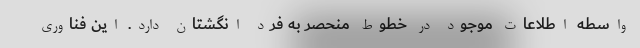
واسطه اطلاعات موجود در خطوط منحصر به فرد انگشتان دارد. این فناوری